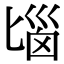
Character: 匘